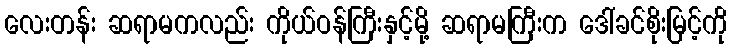
လေးတန်း ဆရာမကလည်း ကိုယ်ဝန်ကြီးနှင့်မို့ ဆရာမကြီးက ဒေါ်ခင်စိုးမြင့်ကို